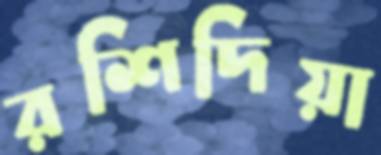
রশিদিয়া